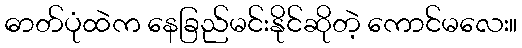
ဓာတ်ပုံထဲက နေခြည်မင်းနိုင်ဆိုတဲ့ ကောင်မလေး။